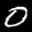
Label: 0